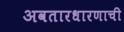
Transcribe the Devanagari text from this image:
अवतारधारणाची